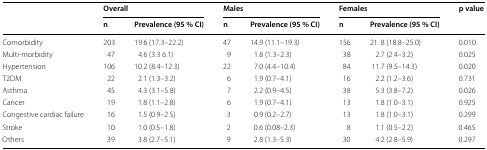
<table><thead><tr><td rowspan="2"></td><td colspan="2"><b>Overall</b></td><td colspan="2"><b>Males</b></td><td colspan="2"><b>Females</b></td><td rowspan="2"><b>p value</b></td></tr><tr><td><b>n</b></td><td><b>Prevalence (95 % CI)</b></td><td><b>n</b></td><td><b>Prevalence (95 % CI)</b></td><td><b>n</b></td><td><b>Prevalence (95 % CI)</b></td></tr></thead><tbody><tr><td>Comorbidity</td><td>203</td><td>19.6 (17.3–22.2)</td><td>47</td><td>14.9 (11.1–19.3)</td><td>156</td><td>21. 8 (18.8–25.0)</td><td>0.010</td></tr><tr><td>Multi-morbidity</td><td>47</td><td>4.6 (3.3 6.1)</td><td>9</td><td>1.8 (1.3–2.3)</td><td>38</td><td>2.7 (2.4–3.2)</td><td>0.025</td></tr><tr><td>Hypertension</td><td>106</td><td>10.2 (8.4–12.3)</td><td>22</td><td>7.0 (4.4–10.4)</td><td>84</td><td>11.7 (9.5–14.3)</td><td>0.020</td></tr><tr><td>T2DM</td><td>22</td><td>2.1 (1.3–3.2)</td><td>6</td><td>1.9 (0.7–4.1)</td><td>16</td><td>2.2 (1.2–3.6)</td><td>0.731</td></tr><tr><td>Asthma</td><td>45</td><td>4.3 (3.1–5.8)</td><td>7</td><td>2.2 (0.9–4.5)</td><td>38</td><td>5.3 (3.8–7.2)</td><td>0.026</td></tr><tr><td>Cancer</td><td>19</td><td>1.8 (1.1–2.8)</td><td>6</td><td>1.9 (0.7–4.1)</td><td>13</td><td>1.8 (1.0–3.1)</td><td>0.925</td></tr><tr><td>Congestive cardiac failure</td><td>16</td><td>1.5 (0.9–2.5)</td><td>3</td><td>0.9 (0.2–2.7)</td><td>13</td><td>1.8 (1.0–3.1)</td><td>0.299</td></tr><tr><td>Stroke</td><td>10</td><td>1.0 (0.5–1.8)</td><td>2</td><td>0.6 (0.08–2.3)</td><td>8</td><td>1.1 (0.5–2.2)</td><td>0.465</td></tr><tr><td>Others</td><td>39</td><td>3.8 (2.7–5.1)</td><td>9</td><td>2.8 (1.3–5.3)</td><td>30</td><td>4.2 (2.8–5.9)</td><td>0.297</td></tr></tbody></table>